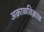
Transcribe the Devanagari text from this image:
अक्राळविक्राळ